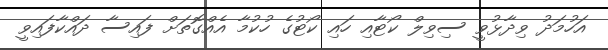
އަހުމަދު ވިދާޅުވީ ސިވިލް ކޯޓާއި ހައި ކޯޓުގެ ހުކުމާ އެއްގޮތަށް ފައިސާ ދައްކާފައިވީ